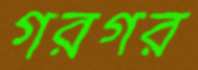
গরগর